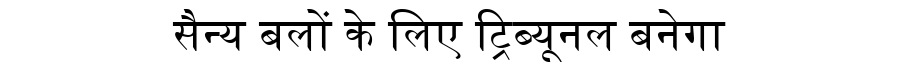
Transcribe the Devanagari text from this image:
सैन्य बलों के लिए ट्रिब्यूनल बनेगा